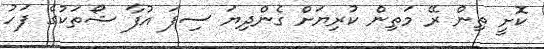
ކޮށީ ތިން ރޭ މަތިން ކުރިޔަށް ގެންދިޔަ ސިފަ އުފާ ޝޯތަކުގެ ފަހު